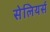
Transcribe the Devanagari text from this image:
सेलियर्स